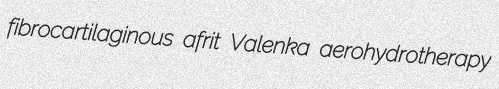
fibrocartilaginous afrit Valenka aerohydrotherapy